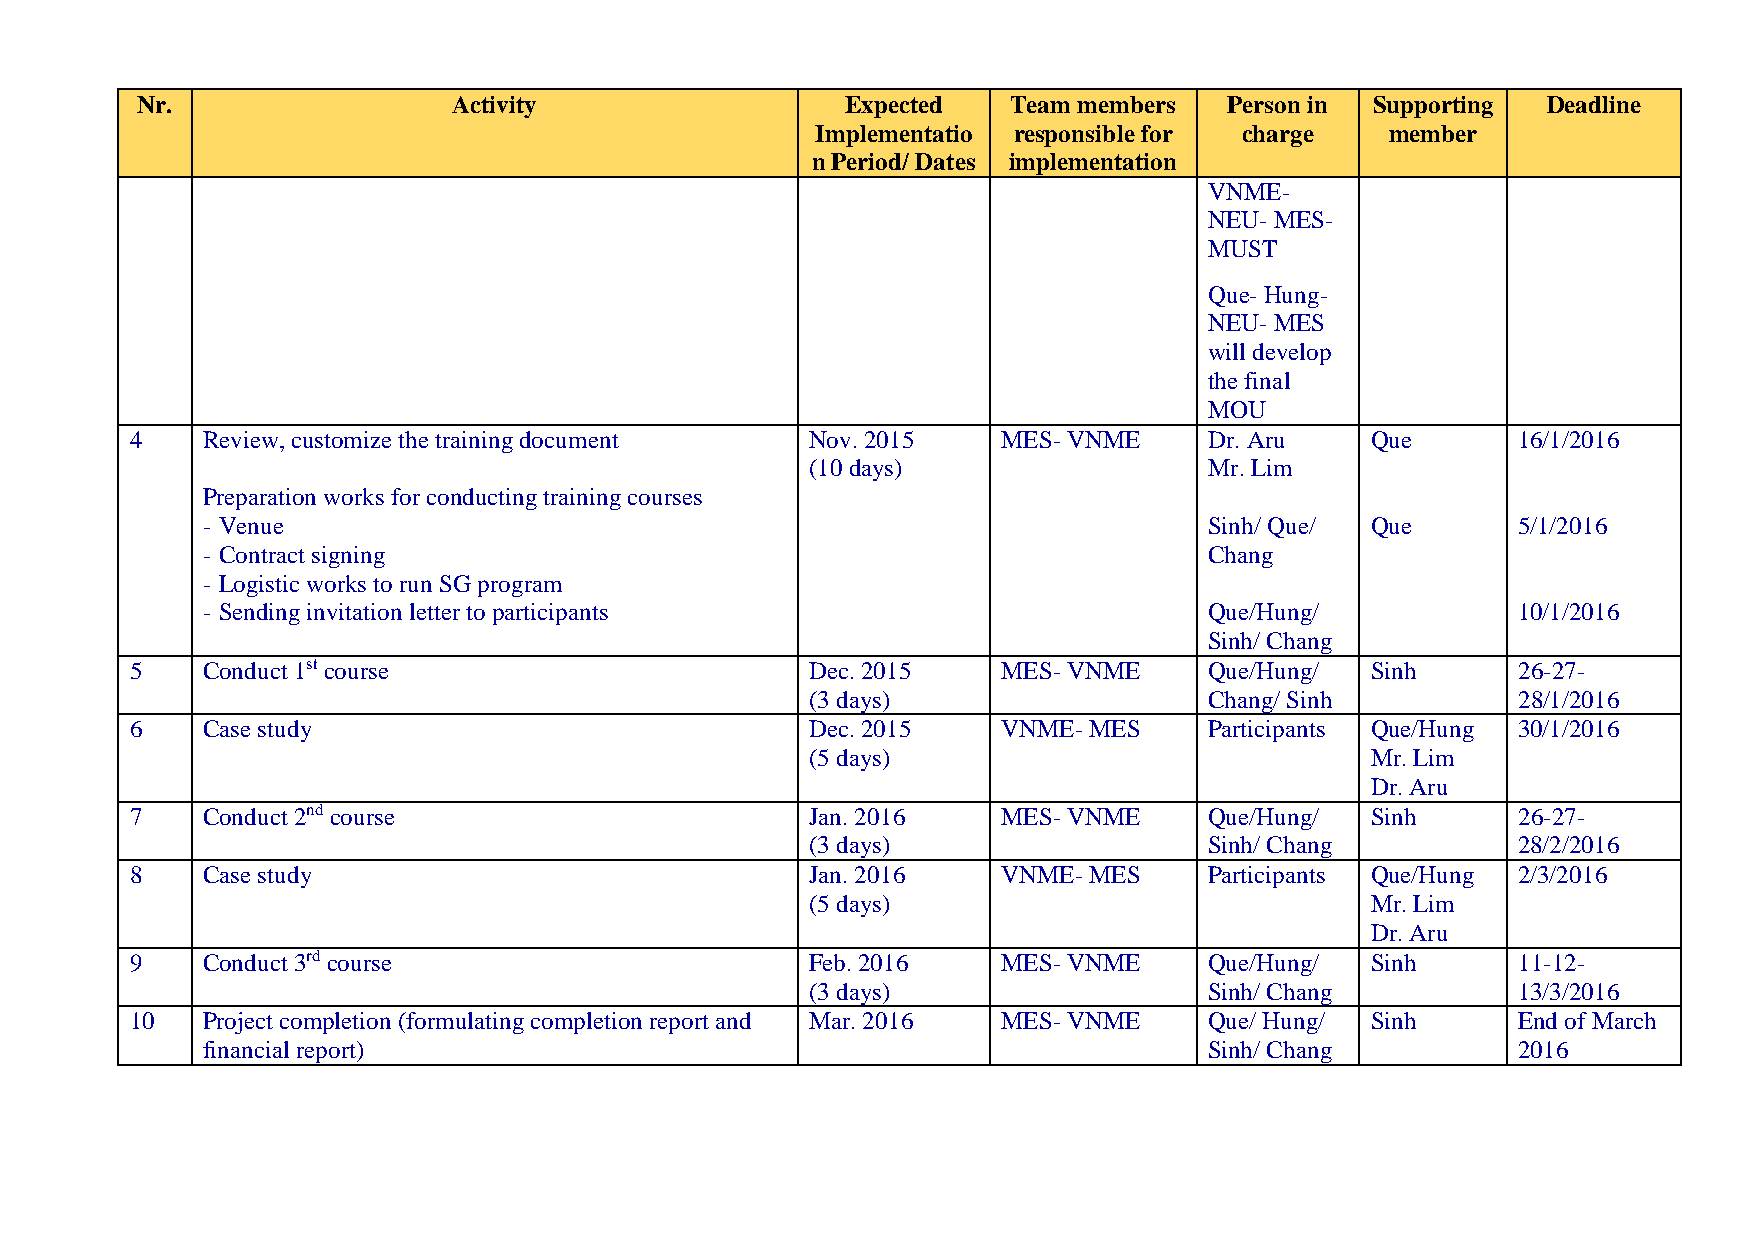
Nr.                  Activity                  Expected   Team members  Person in Supporting Deadline
 Implementatio responsible for charge  member
 n Period/ Dates implementation
 VNME-
 NEU- MES-
 MUST
 Que- Hung-
 NEU- MES
 will develop
 the final
 MOU
 4   Review, customize the training document  Nov. 2015   MES- VNME     Dr. Aru    Que      16/1/2016
 (10 days)                 Mr. Lim
 Preparation works for conducting training courses
 - Venue                                                            Sinh/ Que/ Que      5/1/2016
 - Contract signing                                                 Chang
 - Logistic works to run SG program
 - Sending invitation letter to participants                        Que/Hung/           10/1/2016
 Sinh/ Chang
 5   Conduct 1st course                       Dec. 2015   MES- VNME     Que/Hung/  Sinh     26-27-
 (3 days)                  Chang/ Sinh         28/1/2016
 6   Case study                               Dec. 2015   VNME- MES     Participants Que/Hung 30/1/2016
 (5 days)                             Mr. Lim
 Dr. Aru
 7   Conduct 2nd course                       Jan. 2016   MES- VNME     Que/Hung/  Sinh     26-27-
 (3 days)                  Sinh/ Chang         28/2/2016
 8   Case study                               Jan. 2016   VNME- MES     Participants Que/Hung 2/3/2016
 (5 days)                             Mr. Lim
 Dr. Aru
 9   Conduct 3rd course                       Feb. 2016   MES- VNME     Que/Hung/  Sinh     11-12-
 (3 days)                  Sinh/ Chang         13/3/2016
 10  Project completion (formulating completion report and Mar. 2016 MES- VNME Que/ Hung/ Sinh End of March
 financial report)                                                  Sinh/ Chang         2016